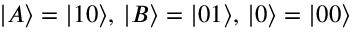
| A \rangle = | 1 0 \rangle , \, | B \rangle = | 0 1 \rangle , \, | 0 \rangle = | 0 0 \rangle